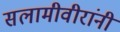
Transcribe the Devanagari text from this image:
सलामीवीरांनी